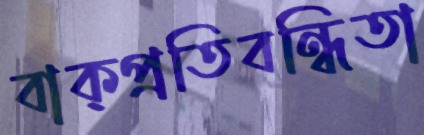
বাক্প্রতিবন্ধিতা